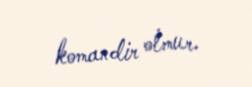
komandir olmur.